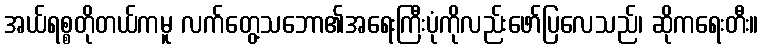
အယ်ရစ္စတိုတယ်ကမူ လက်တွေ့သဘော၏အရေးကြီးပုံကိုလည်းဖော်ပြလေသည်၊ ဆိုကရေးတီး။